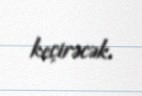
keçirəcək.